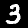
Label: 3